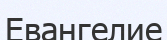
Евангелие